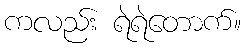
ကလည်း ရဲရဲတောက်။